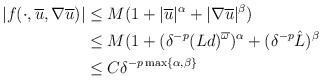
LaTeX: \begin{align*}|f(\cdot ,\overline{u},\nabla \overline{u})|& \leq M(1+|\overline{u}|^{\alpha }+|\nabla \overline{u}|^{\beta }) \\& \leq M(1+(\delta ^{-p}(Ld)^{\overline{\omega }})^{\alpha }+(\delta ^{-p}\hat{L})^{\beta } \\& \leq C\delta ^{-p\max \{\alpha ,\beta \}}\end{align*}